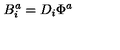
B _ { i } ^ { a } = D _ { i } \Phi ^ { a }